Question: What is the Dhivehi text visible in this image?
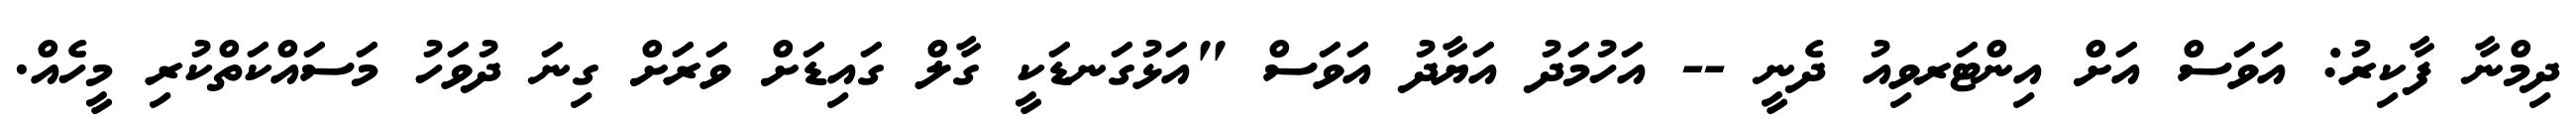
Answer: ދިމްނާ ފާކިރު: އަވަސް އަށް އިންޓަރވިއު ދެނީ -- އަހުމަދު އަޔާދު އަވަސް "އަޅުގަނޑަކީ ގާލް ގައިޑަށް ވަރަށް ގިނަ ދުވަހު މަސައްކަތްކުރި މީހެއް.